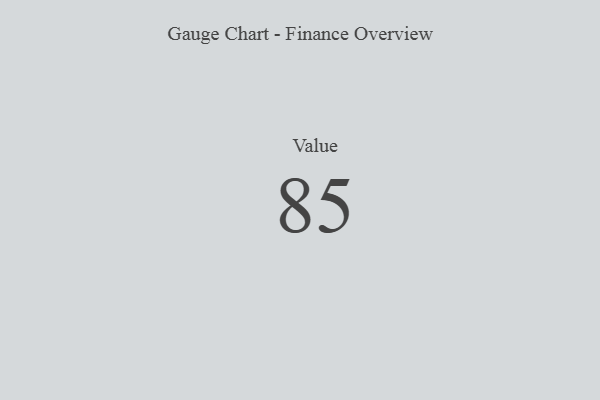
{"axis": {"x": "Metric", "y": "Value"}, "legend": [""], "data": [{"x": "Value", "y": 85, "type": ""}]}